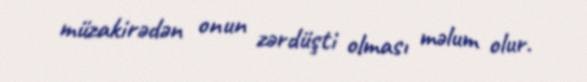
müzakirədən onun zərdüşti olması məlum olur.